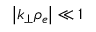
\left| k _ { \perp } \rho _ { e } \right| \ll 1